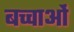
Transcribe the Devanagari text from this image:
बच्चाओं